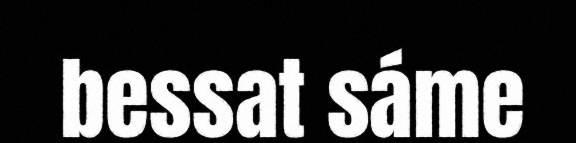
bessat sáme